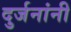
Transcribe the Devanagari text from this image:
दुर्जनांनी